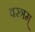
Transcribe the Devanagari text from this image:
वस्त्रम्‌